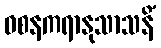
ဝစနကရာနုသာသနိံ